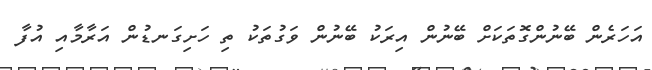
އަހަރެން ބޭނުންގޮތަކަށް ބޭނުން އިރަކު ބޭނުން ވަގުތަކު ތި ހަށިގަނޑުން އަރާމާއި އުފާ